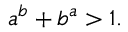
a ^ { b } + b ^ { a } > 1 .